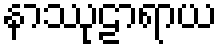
နာဿုဠာရာယ